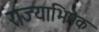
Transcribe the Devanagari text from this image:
राज्‍याभिषेक